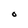
Character: O